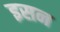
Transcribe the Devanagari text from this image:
इसन